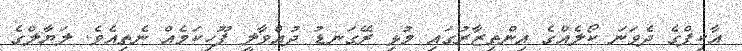
އާކިފްގެ ދެވަނަ ކޯލެއްގެ އިންތިޒާރުގައި މުޅި ރޭގަނޑު ދުއްވާލީ ފޫހިކަމެއް ނެތިއެވެ. ލަޔާލްގެ